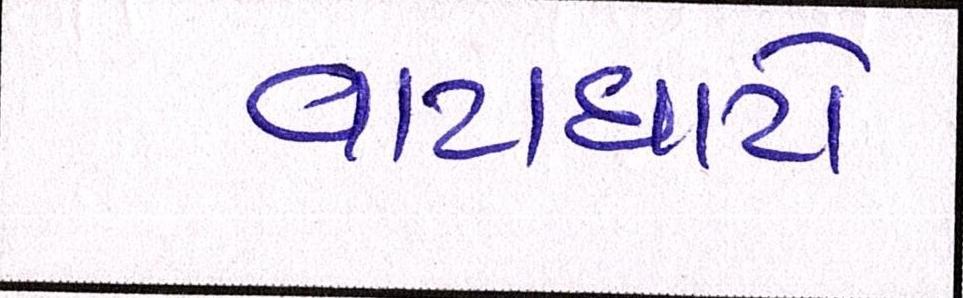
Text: વાટાઘાટો